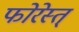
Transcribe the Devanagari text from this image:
फोरेस्त्